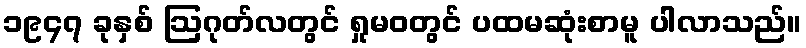
၁၉၄၇ ခုနှစ် ဩဂုတ်လတွင် ရှုမဝတွင် ပထမဆုံးစာမူ ပါလာသည်။